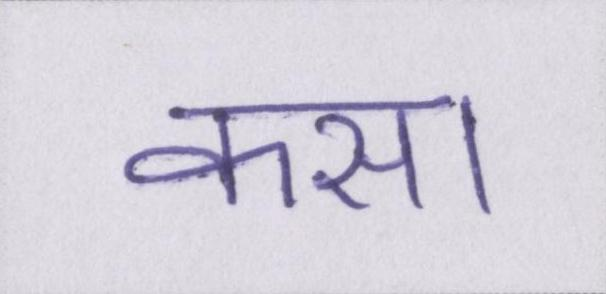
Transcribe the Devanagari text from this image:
कसा